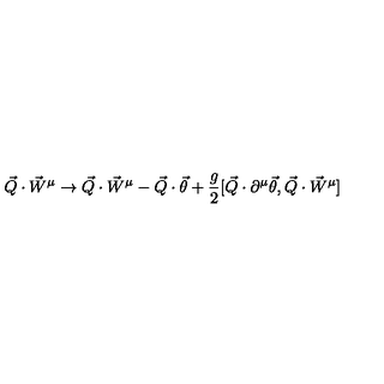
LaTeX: \vec { Q } \cdot \vec { W } ^ { \mu } \rightarrow \vec { Q } \cdot \vec { W } ^ { \mu } - \vec { Q } \cdot \vec { \theta } + \frac { g } { 2 } [ \vec { Q } \cdot \partial ^ { \mu } \vec { \theta } , \vec { Q } \cdot { \vec { W } } ^ { \mu } ]